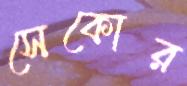
সেকোর